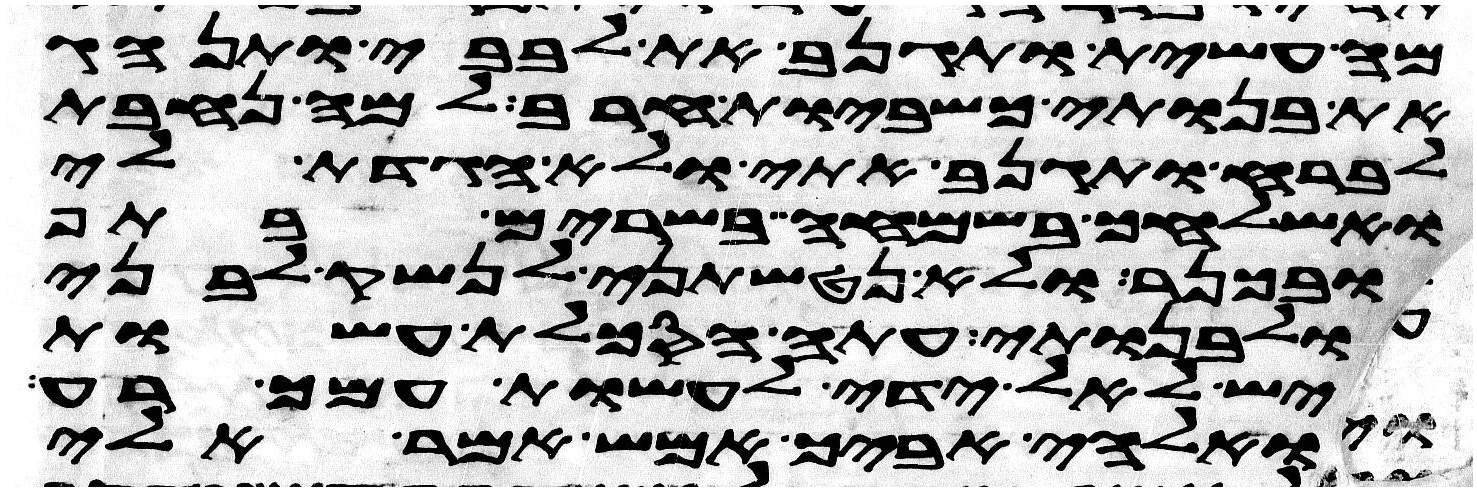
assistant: מה עשית ותגנב את לבבי ותנהג
את בנותי כשביות חרב למה נחבת
לברח ותגנב אתי ולא הגדת לי
ואשלחך בשמחה בשרים בתף
ובכנר ולא נטשתני לנשק לבני
ולבנותי עתה הסכלת עשות
יש לאל ידי לעשות עמך רע
ואלהי אביך אמש אמר אלי